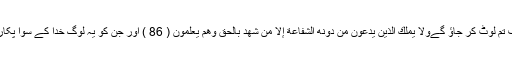
اور اسی کو قیامت کا علم ہے اور اسی کی طرف تم لوٹ کر جاؤ گےوَلَا يَمْلِكُ الَّذِينَ يَدْعُونَ مِن دُونِهِ الشَّفَاعَةَ إِلَّا مَن شَهِدَ بِالْحَقِّ وَهُمْ يَعْلَمُونَ ( 86 ) اور جن کو یہ لوگ خدا کے سوا پکارتے ہیں وہ سفارش کا کچھ اختیار نہیں رکھتے۔